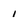
Character: 1